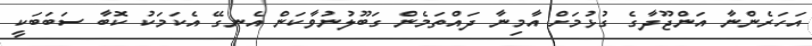
އަހަރެންނާ އަންޖޫދާގެ ގުޅުމަށް އާމިނާ ދައްތަމެން ގަބޫލުނުވާކަން އެނގޭ އެކަމަކު ކޮބާ ސަބަބަކީ